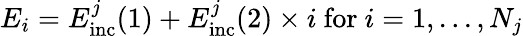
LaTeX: E_{i}=E_{\mathrm{inc}}^{j}(1)+E_{\mathrm{inc}}^{j}(2)\times i\ \mathrm{for}\ i=1,...,N_{j}